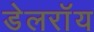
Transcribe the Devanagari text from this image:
डेलराॅय